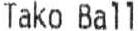
TAKO BALL